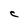
Character: C